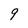
Character: 9